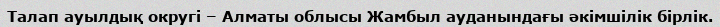
Талап ауылдық округі – Алматы облысы Жамбыл ауданындағы әкімшілік бірлік.